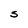
Character: S